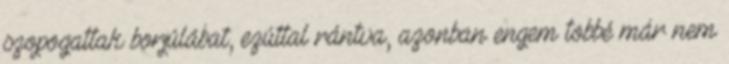
szopogattak borjúlábat, ezúttal rántva, azonban en­gem többé már nem